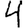
Digit: 4